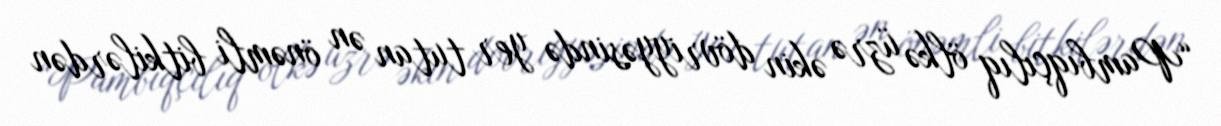
“Pambıqçılıq ölkə üzrə əkin dövriyyəsində yer tutan ən önəmli bitkilərdən